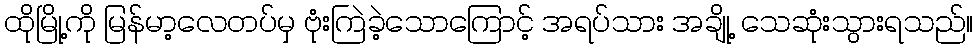
ထိုမြို့ကို မြန်မာ့လေတပ်မှ ဗုံးကြဲခဲ့သောကြောင့် အရပ်သား အချို့ သေဆုံးသွားရသည်။